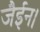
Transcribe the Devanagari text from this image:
जैईन।